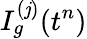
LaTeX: I_{g}^{(\mathit{j})}(t^{n})